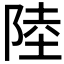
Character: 陸